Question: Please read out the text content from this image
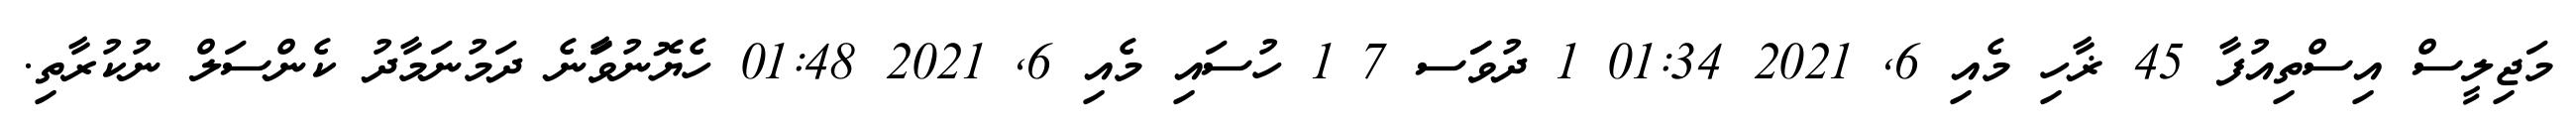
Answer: މަޖިލީސް އިސްތިއުފާ 45 ޜާހި މެއި 6, 2021 01:34 1 ދުވަަސ 7 1 ހުސައި މެއި 6, 2021 01:48 ހެޔޮނުވަާނެ ދަމުނަމާދު ކެންސަލް ނުކުރާތި.